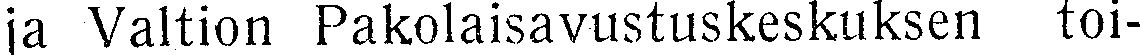
ja Valtion Pakolaisavustuskeskuksen toi-